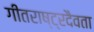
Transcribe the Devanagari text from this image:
गीतराष्ट्रदैवता